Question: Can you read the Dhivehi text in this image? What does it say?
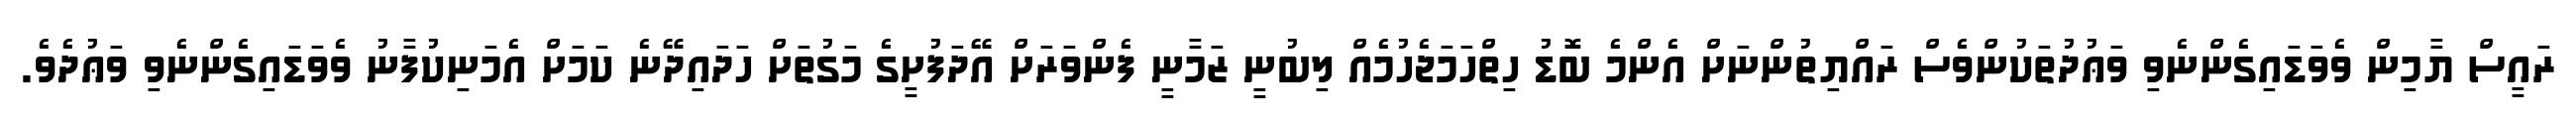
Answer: ރައީސް ޔާމިން ވެވަޑައިގެންނެވި ވަޢުދުތަކުންވެސް ރައްޔިތުންނަށް އެންމެ ބޮޑު ހިތްހަމަޖެހުމެއް ލިބުނީ ޒަމާނީ ފެންވަރަށް އޭދަފުށީގެ މަގުތަށް ހަދައިދޭނެ ކަމަށް އެމަނިކުފާނު ވެވަޑައިގެންނެވި ވަޢުދެވެ.